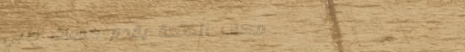
مكتب الصحة يقدم خدمات طبي